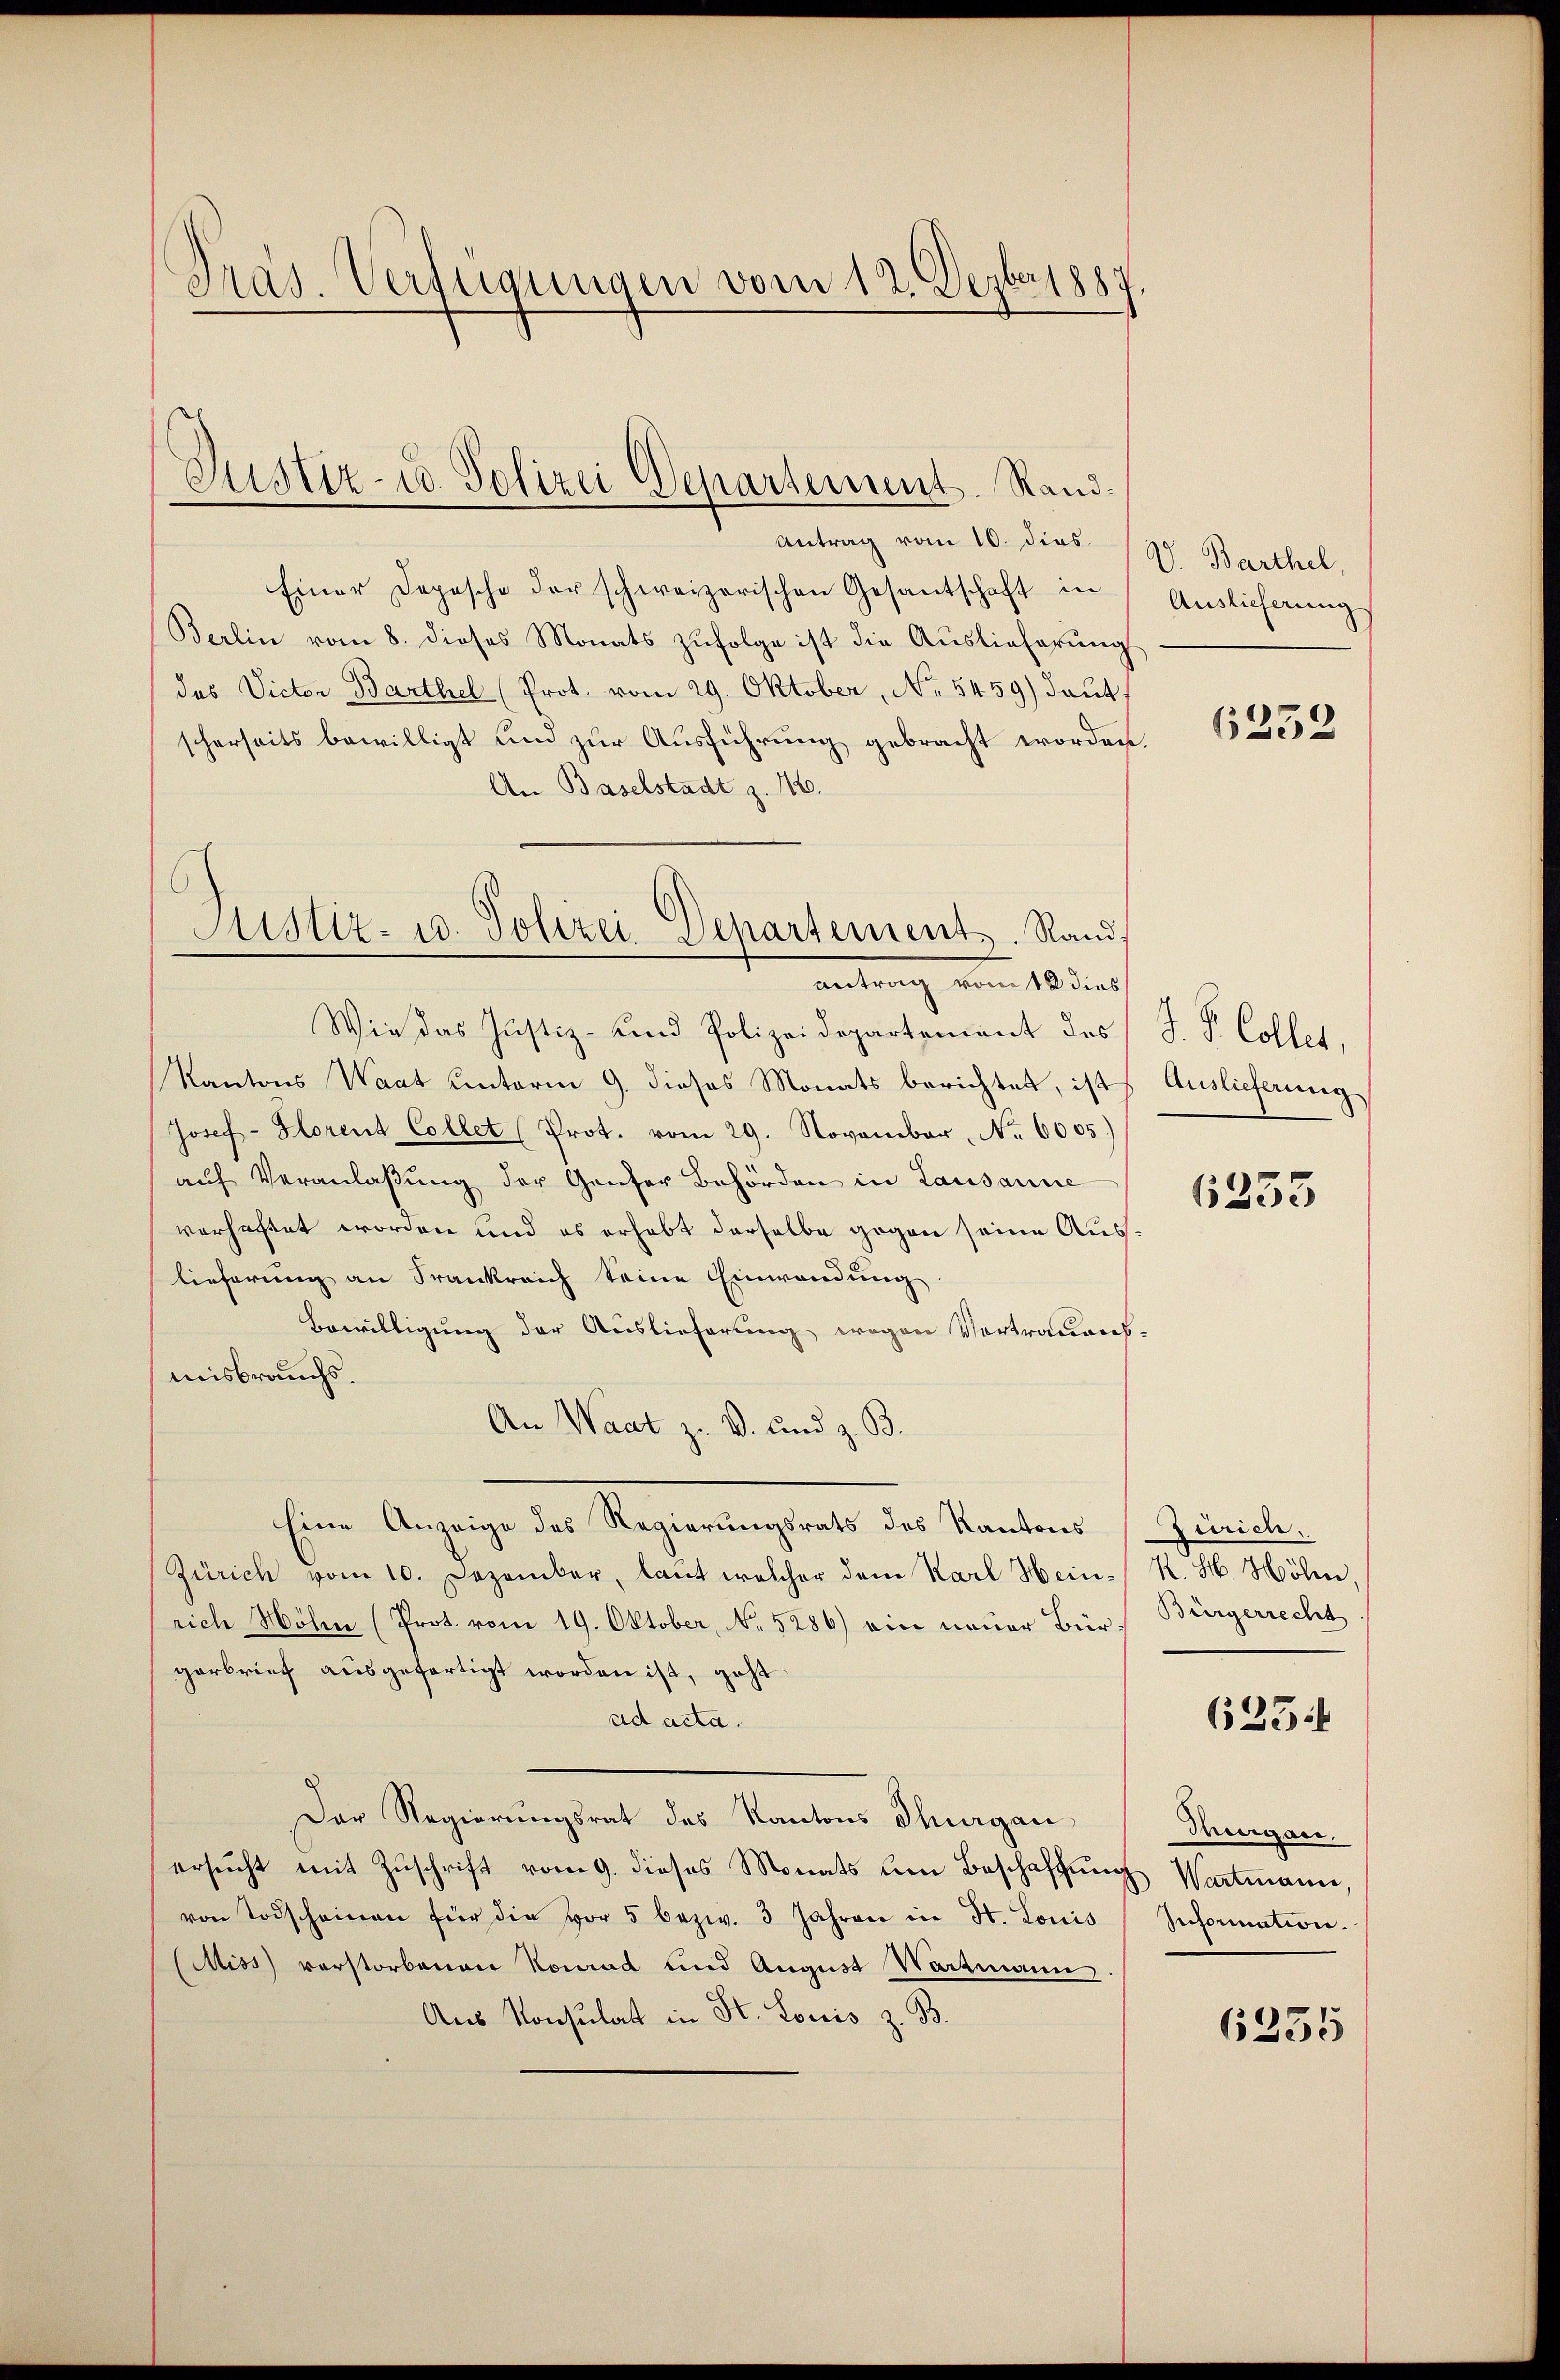
Pras. Verfügungen vom 12. Depber 1887.

antrag vom 10. dies V. Barthel,
Einer Depesche der schweizerischen Gesantschaft in
Berlin vom 8. dieses Monats zufolge ist die Auslieferung
des Victor Barthel (Prot. vom 29. Oktober, No 5459) deut
scherseits bewilligt und zur Ausführung gebracht worden
An Baselstadt z. 16.
Wie das Justiz- und Polizeidepartement des
Kantons Waat unterm 9. dieses Monats berichtet, ist
Josef-Slorent Collet (Prot. vom 29. November, No 6005)
aŭf Veranlaβŭng der Genfer Behörden in Lausanne
verhaftet worden und es erhebt derselbe gegen seine Auslieferung an Frankreich seine Einwendung
Bewilligung der Auslieferung wegen Vertrauens.
misbrauchs.
An Waat zu V. und z. B.
Eine Anzeige des Regierungsrats des Kantons
Zürich vom 10. Dezember, laut welcher dem Karl Hein- K. H. Höhen,
rich Höhn (Prot. vom 19. Oktober, No. 5286) ein neuer Bür- Bürgerrecht
gerbrief ausgefertigt worden ist, geht
ad acta.
Der Regierungsrat des Kantons Thurgau
ersŭcht mit Zŭschrift vom 9. dieses Monats um Beschaffŭng Wartmann,
von Todscheinen für die vor 5 bezw. 3 Jahren in St. Louis
(Miss verstorbenen Konrad und August Wartmann.
Aus Konsulat in St. Louis z. B.

Justiz- u. Polizei Departement. Rand.

Justiz- u. Polizei-Departement. Rand,
antrag vom 10 des

Auslieferung

6252

J. P. Colles,
Auslieferung

6255

Zürich,
dringen.
Ireformation.

625.

6255